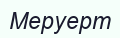
Меруерт